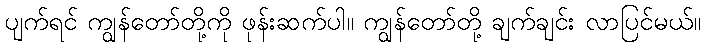
ပျက်ရင် ကျွန်တော်တို့ကို ဖုန်းဆက်ပါ။ ကျွန်တော်တို့ ချက်ချင်း လာပြင်မယ်။